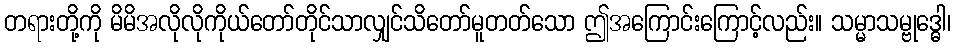
တရားတို့ကို မိမိအလိုလိုကိုယ်တော်တိုင်သာလျှင်သိတော်မူတတ်သော ဤအကြောင်းကြောင့်လည်း။ သမ္မာသမ္ဗုဒ္ဓေါ၊